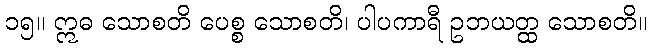
၁၅။ ဣဓ သောစတိ ပေစ္စ သောစတိ၊ ပါပကာရီ ဥဘယတ္ထ သောစတိ။